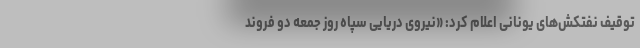
توقیف نفتکش‌های یونانی اعلام کرد: «نیروی دریایی سپاه روز جمعه دو فروند